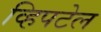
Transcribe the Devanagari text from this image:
व्हिपटेल